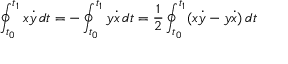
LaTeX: \oint _ { t _ { 0 } } ^ { t _ { 1 } } x { \dot { y } } \, d t = - \oint _ { t _ { 0 } } ^ { t _ { 1 } } y { \dot { x } } \, d t = { \frac { 1 } { 2 } } \oint _ { t _ { 0 } } ^ { t _ { 1 } } ( x { \dot { y } } - y { \dot { x } } ) \, d t